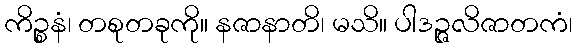
ကိဉ္စနံ၊ တစုတခုကို။ နဇာနာတိ၊ မသိ။ ပါဒဉ္ဇလိဇာတကံ၊